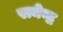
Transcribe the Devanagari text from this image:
रामेन्द्र